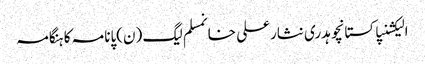
الیکشنپاکستانچوہدری نثارعلی خانمسلم لیگ (ن)پانامہ کا ہنگامہ